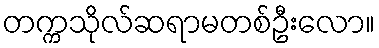
တက္ကသိုလ်ဆရာမတစ်ဦးလော။